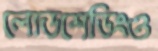
লোডশেডিংও